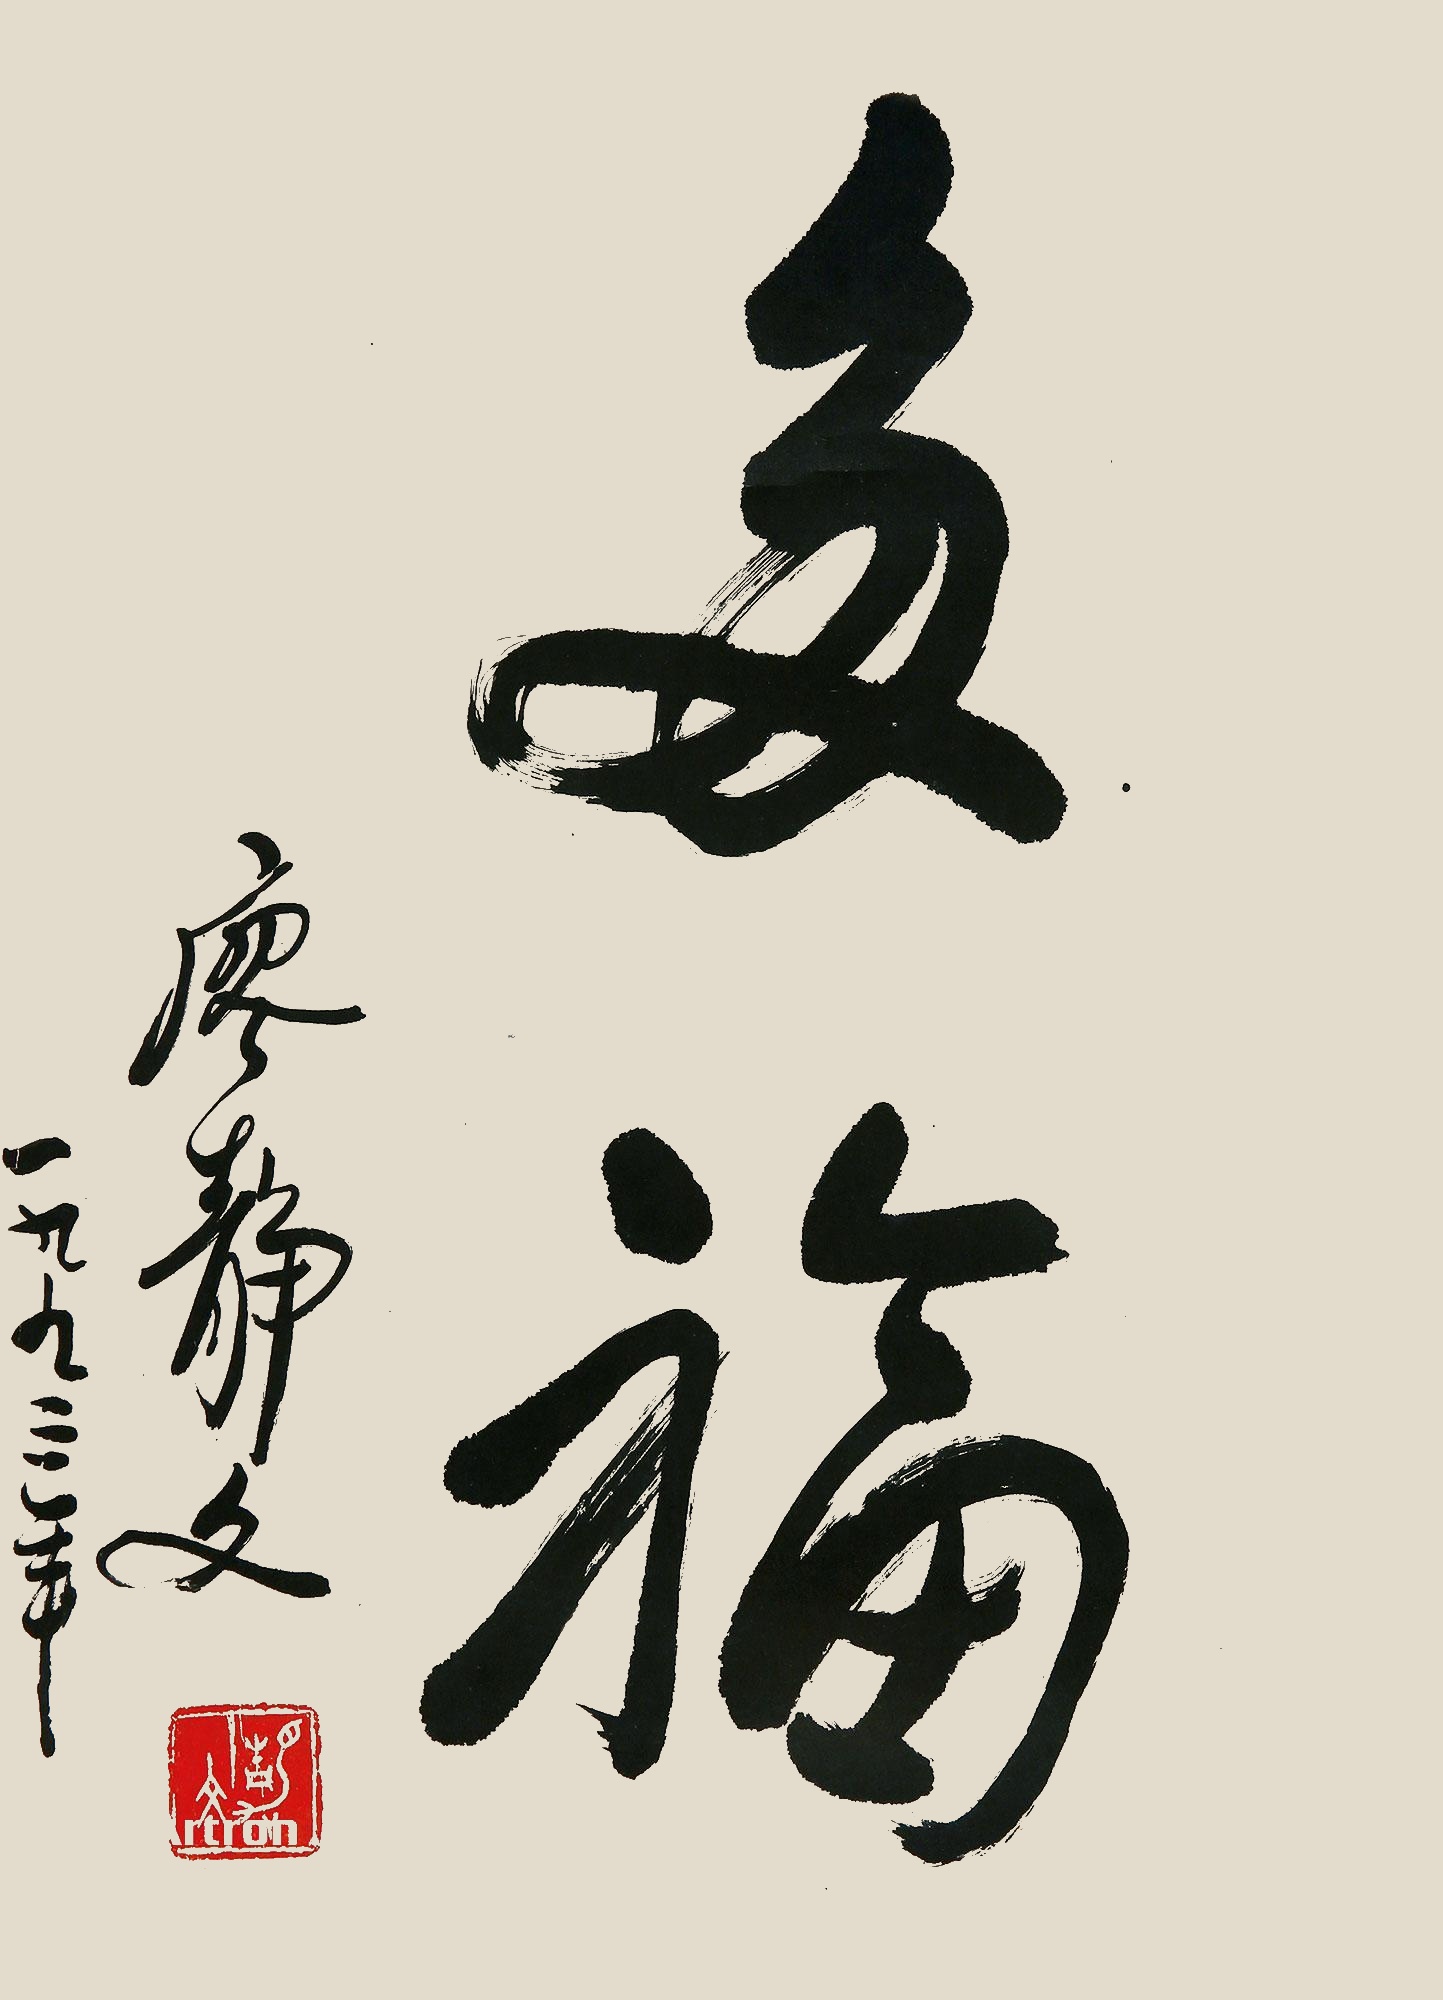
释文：多福廖静文，一九九三年。